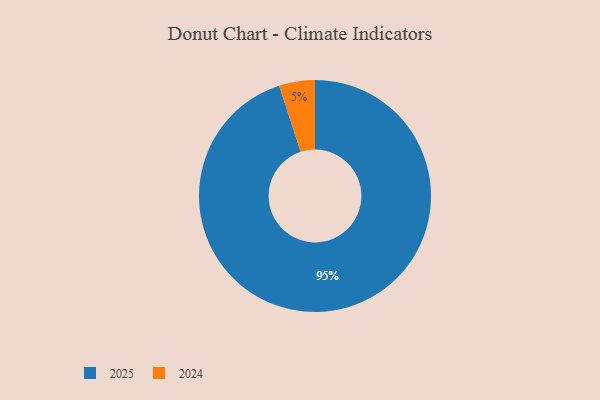
{"axis": {"x": "Category", "y": "Percentage"}, "legend": ["2024", "2025"], "data": [{"x": "2024", "y": 5, "type": "2024"}, {"x": "2025", "y": 95, "type": "2025"}]}